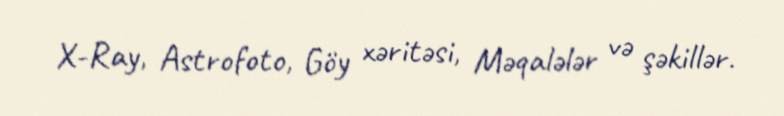
X-Ray, Astrofoto, Göy xəritəsi, Məqalələr və şəkillər.